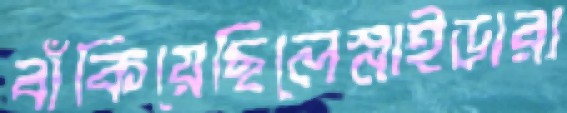
বাঁকিয়েছিলেস্নাইডারা